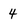
Character: 4